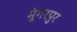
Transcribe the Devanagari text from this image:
मूंगरपुर